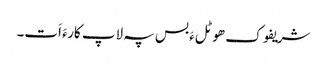
شریفوک ھوٹلءَ بس پہ لاپ کارءَ اَت۔